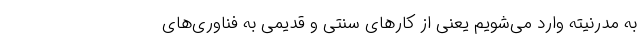
به مدرنیته وارد می‌شویم یعنی از کارهای سنتی و قدیمی به فناوری‌های